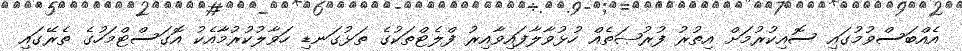
އެއްބަސްވުމުގައި ސޮއިކުރުމަށް އިތުރު ފުރުޞަތެއް ހުޅުވާލާފައިވާއިރު ފްލެޓްތަކުގެ ތަޅުގަނޑި ހަވާލުކުރުމާއެކު އޮގަސްޓްމަހުގެ ތެރޭގައި